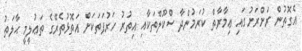
އެގޮތުން ރަށްރަށުގައި ޢިމާރާތް ކުރަމުންދާ ސްކޫލްތަކާއި އިތުރު ހަރުފަތަކަށް އަތޮޅުތެރޭގެ ތަޢުލީމީ ޙާލަތު